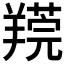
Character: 𦎻